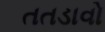
તતડાવો